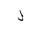
Letter: _lam